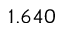
1 . 6 4 0